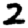
Digit: 2